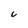
Character: C